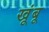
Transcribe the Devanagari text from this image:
खूंबू